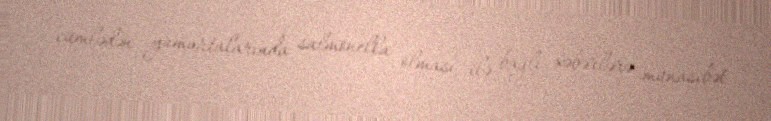
cümlədən yumurtalarında salmonella olması ilə bağlı xəbərlərə münasibət